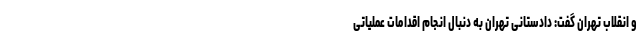
و انقلاب تهران گفت: دادستانی تهران به دنبال انجام اقدامات عملیاتی